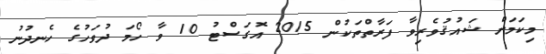
މިކަމަށް ޝައުޤުވެރިވާ ފަރާތްތަކުން 2015 އޮގަސްޓު 10 ވާ ހޯމަ ދުވަހުގެ ހެނދުނު